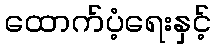
ထောက်ပံ့ရေးနှင့်